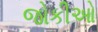
જોકીઓ